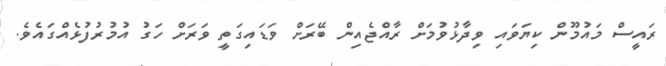
ރައީސް މައުމޫން ކިޔަވައި ވިދާޅުވުމަށް ރާއްޖެއިން ބޭރަށް ވަޑައިގަތީ ވަރަށް ހަގު އުމުރުފުޅެއްގައެވެ.